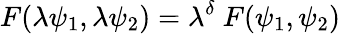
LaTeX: F(\lambda\psi_{1},\lambda\psi_{2})=\lambda^{\delta}~F(\psi_{1},\psi_{2})